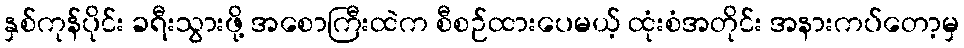
နှစ်ကုန်ပိုင်း ခရီးသွားဖို့ အစောကြီးထဲက စီစဉ်ထားပေမယ့် ထုံးစံအတိုင်း အနားကပ်တော့မှ